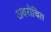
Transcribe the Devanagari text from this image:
अवरोचित